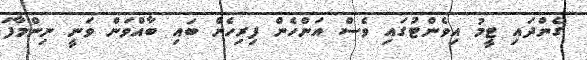
ގެންދައި ޓީމު އިވެންޓުގައި ވެސް އަންހެން ފިރިހެން ބައި ބާއްވަން ވަނީ ނިންމާފަ